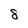
Character: 8